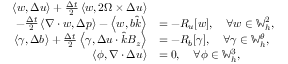
\begin{array} { r l } { \left\langle w , \Delta u \right\rangle + \frac { \Delta t } { 2 } \left\langle w , 2 \Omega \times \Delta u \right\rangle } & { } \\ { \qquad - \frac { \Delta t } { 2 } \left\langle \nabla \cdot w , \Delta p \right\rangle - \left\langle w , b \hat { k } \right\rangle } & { = - R _ { u } [ w ] , \quad \forall w \in \mathbb { W } _ { h } ^ { 2 } , } \\ { \left\langle \gamma , \Delta b \right\rangle + \frac { \Delta t } { 2 } \left\langle \gamma , \Delta u \cdot \hat { k } B _ { z } \right\rangle } & { = - R _ { b } [ \gamma ] , \quad \forall \gamma \in \mathbb { W } _ { h } ^ { \theta } , } \\ { \left\langle \phi , \nabla \cdot \Delta u \right\rangle } & { = 0 , \quad \forall \phi \in \mathbb { W } _ { h } ^ { 3 } , } \end{array}